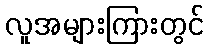
လူအများကြားတွင်